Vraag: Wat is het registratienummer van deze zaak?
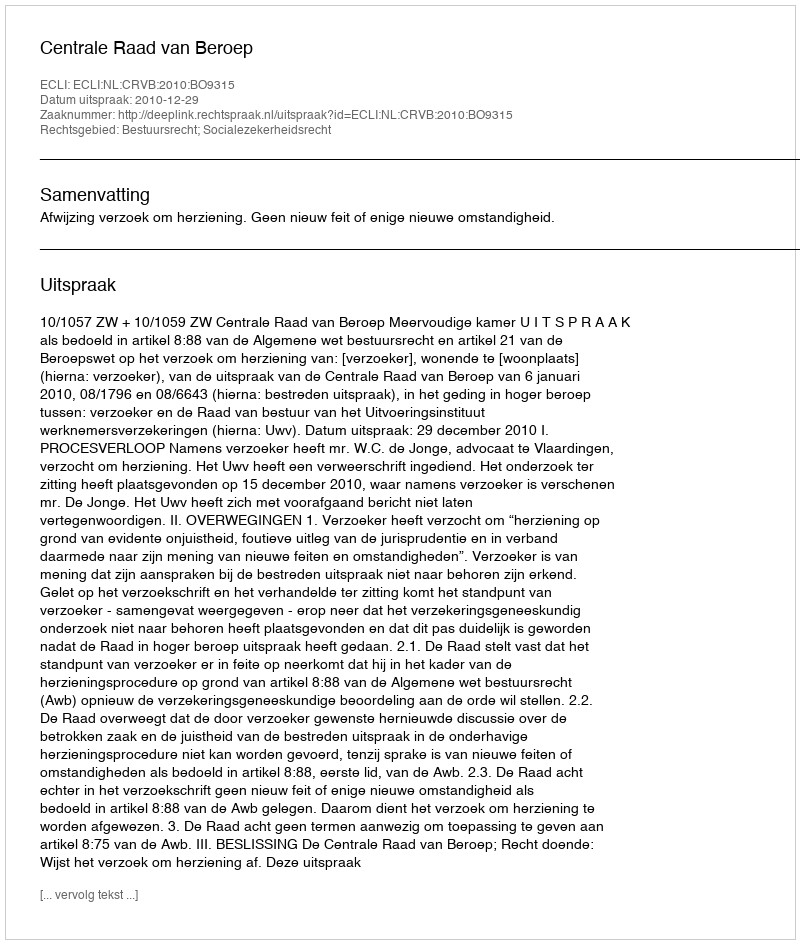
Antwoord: http://deeplink.rechtspraak.nl/uitspraak?id=ECLI:NL:CRVB:2010:BO9315